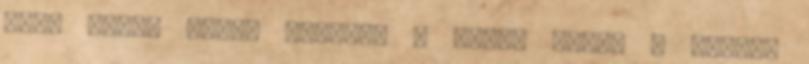
erők súlya alól. Címkék: A belső fény, A helyes